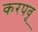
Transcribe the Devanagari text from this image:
करपवू